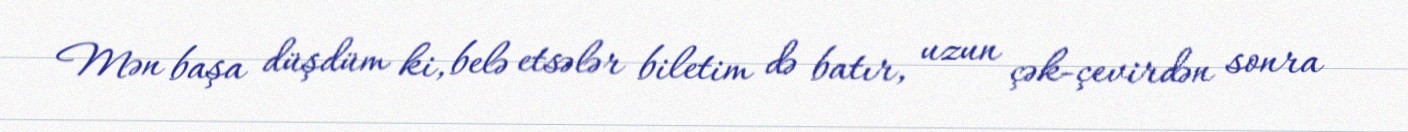
Mən başa düşdüm ki, belə etsələr biletim də batır, uzun çək-çevirdən sonra